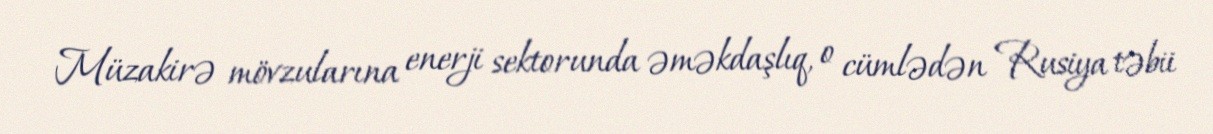
Müzakirə mövzularına enerji sektorunda əməkdaşlıq, o cümlədən Rusiya təbii